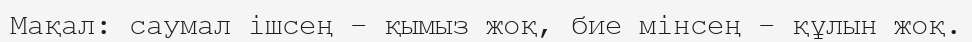
Мақал: саумал ішсең – қымыз жоқ, бие мінсең – құлын жоқ.